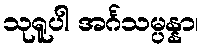
သုရူပါ အင်္ဂသမ္ပန္နာ၊